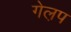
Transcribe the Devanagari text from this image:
गेल़प